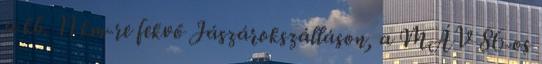
a kb. 11 km-re fekvő Jászárokszálláson, a MÁV 86-os